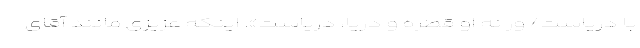
با دریاست/ ور نه او قطره و دریا، دریاست». اینکه عزیزی مانند آقای